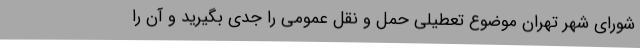
شورای شهر تهران موضوع تعطیلی حمل و نقل عمومی را جدی بگیرید و آن را